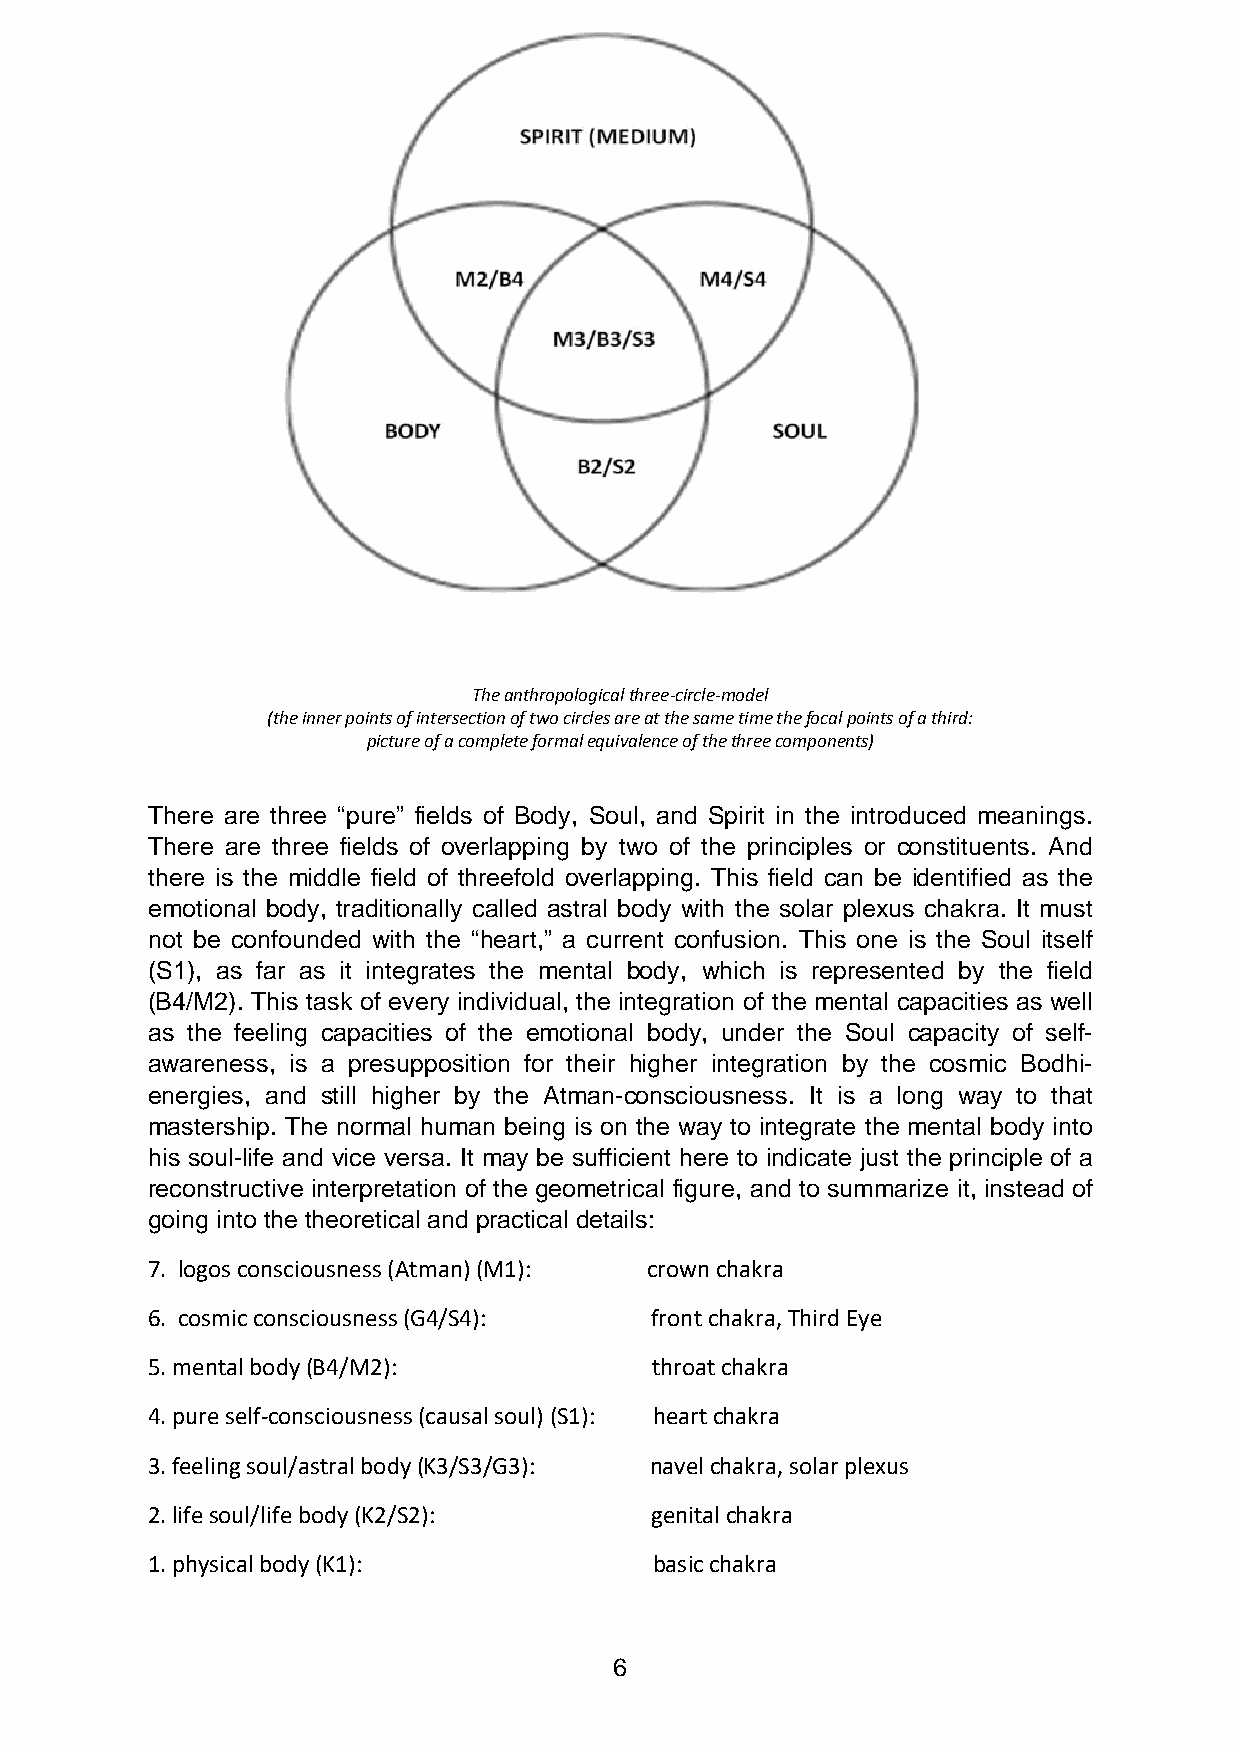
The anthropological three-circle-model
 (the inner points of intersection of two circles are at the same time the focal points of a third:
 picture of a complete formal equivalence of the three components)
 There are three “pure” fields of Body, Soul, and Spirit in the introduced meanings.
 There are three fields of overlapping by two of the principles or constituents. And
 there is the middle field of threefold overlapping. This field can be identified as the
 emotional body, traditionally called astral body with the solar plexus chakra. It must
 not be confounded with the “heart,” a current confusion. This one is the Soul itself
 (S1), as far as it integrates the mental body, which is represented by the field
 (B4/M2). This task of every individual, the integration of the mental capacities as well
 as the feeling capacities of the emotional body, under the Soul capacity of self-
 awareness, is a presupposition for their higher integration by the cosmic Bodhi-
 energies, and still higher by the Atman-consciousness. It is a long way to that
 mastership. The normal human being is on the way to integrate the mental body into
 his soul-life and vice versa. It may be sufficient here to indicate just the principle of a
 reconstructive interpretation of the geometrical figure, and to summarize it, instead of
 going into the theoretical and practical details:
 7. logos consciousness (Atman) (M1): crown chakra
 6. cosmic consciousness (G4/S4): front chakra, Third Eye
 5. mental body (B4/M2):          throat chakra
 4. pure self-consciousness (causal soul) (S1): heart chakra
 3. feeling soul/astral body (K3/S3/G3): navel chakra, solar plexus
 2. life soul/life body (K2/S2):  genital chakra
 1. physical body (K1):           basic chakra
 6